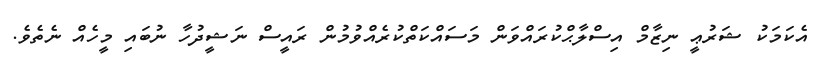
އެކަމަކު ޝަރުޢީ ނިޒާމް އިސްލާޙްކުރައްވަން މަސައްކަތްކުރެއްވުމުން ރައީސް ނަޝީދުހާ ނުބައި މީހެއް ނެތެވެ.